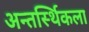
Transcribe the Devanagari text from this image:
अन्तर्स्थिकला